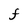
Character: F